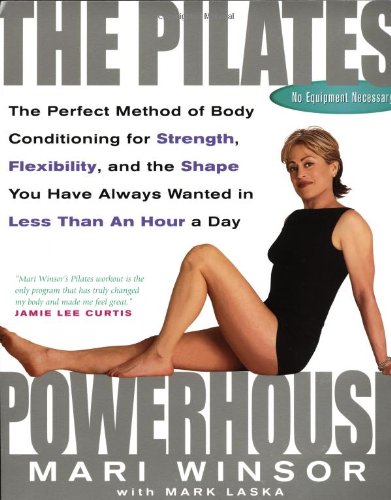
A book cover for The Pilates Powerhouse; Mari Winsor; Health, Fitness & Dieting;